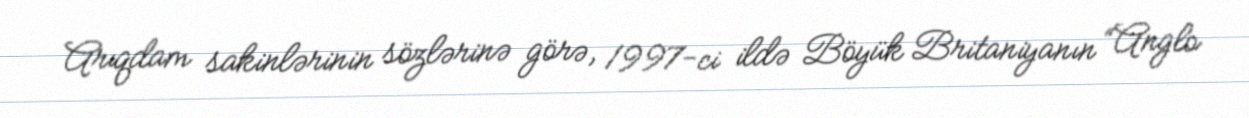
Arıqdam sakinlərinin sözlərinə görə, 1997-ci ildə Böyük Britaniyanın “Anglo